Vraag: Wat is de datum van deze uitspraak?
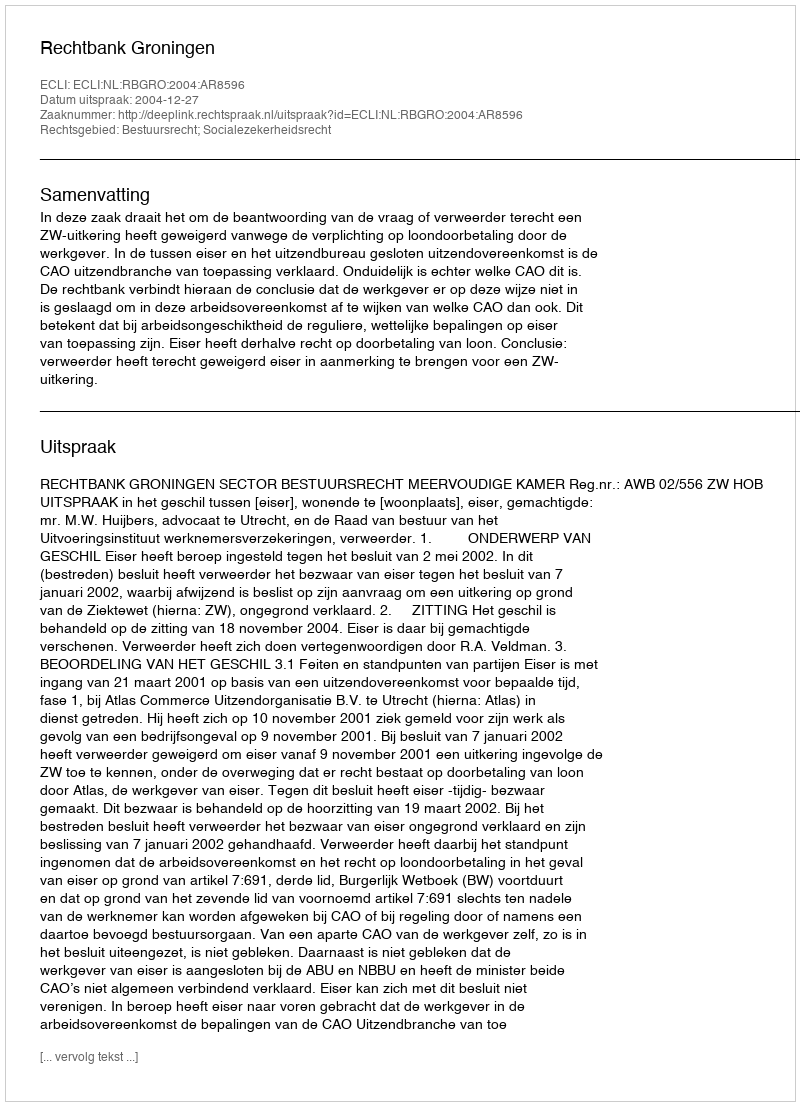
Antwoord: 2004-12-27